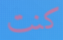
كنت